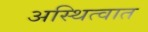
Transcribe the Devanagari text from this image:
अस्थित्वात